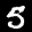
Label: 5